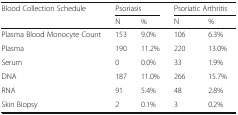
<table><thead><tr><td rowspan="2"><b>Blood Collection Schedule</b></td><td colspan="2"><b>Psoriasis</b></td><td colspan="2"><b>Psoriatic Arthritis</b></td></tr><tr><td><b>N</b></td><td><b>%</b></td><td><b>N</b></td><td><b>%</b></td></tr></thead><tbody><tr><td>Plasma Blood Monocyte Count</td><td>153</td><td>9.0%</td><td>106</td><td>6.3%</td></tr><tr><td>Plasma</td><td>190</td><td>11.2%</td><td>220</td><td>13.0%</td></tr><tr><td>Serum</td><td>0</td><td>0.0%</td><td>33</td><td>1.9%</td></tr><tr><td>DNA</td><td>187</td><td>11.0%</td><td>266</td><td>15.7%</td></tr><tr><td>RNA</td><td>91</td><td>5.4%</td><td>48</td><td>2.8%</td></tr><tr><td>Skin Biopsy</td><td>2</td><td>0.1%</td><td>3</td><td>0.2%</td></tr></tbody></table>